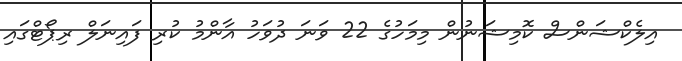
އިލެކްޝަންސް ކޮމިޝަނުން މިމަހުގެ 22 ވަނަ ދުވަހު އާންމު ކުރި ފައިނަލް ރިޕޯޓްގައި